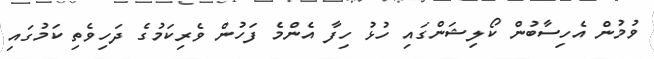
ވުމުން އެހިސާބުން ކޯލިޝަންގައި ހުޅު ހިފާ އެންމެ ފަހުން ވެރިކަމުގެ ދަހިވެތި ކަމުގައި